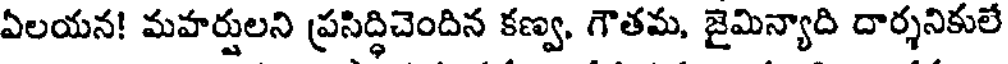
ఏలయన! మహర్షులని ప్రసిద్ధిచెందిన కణ్వ, గౌతమ, జైమిన్యాది దార్శనికులే